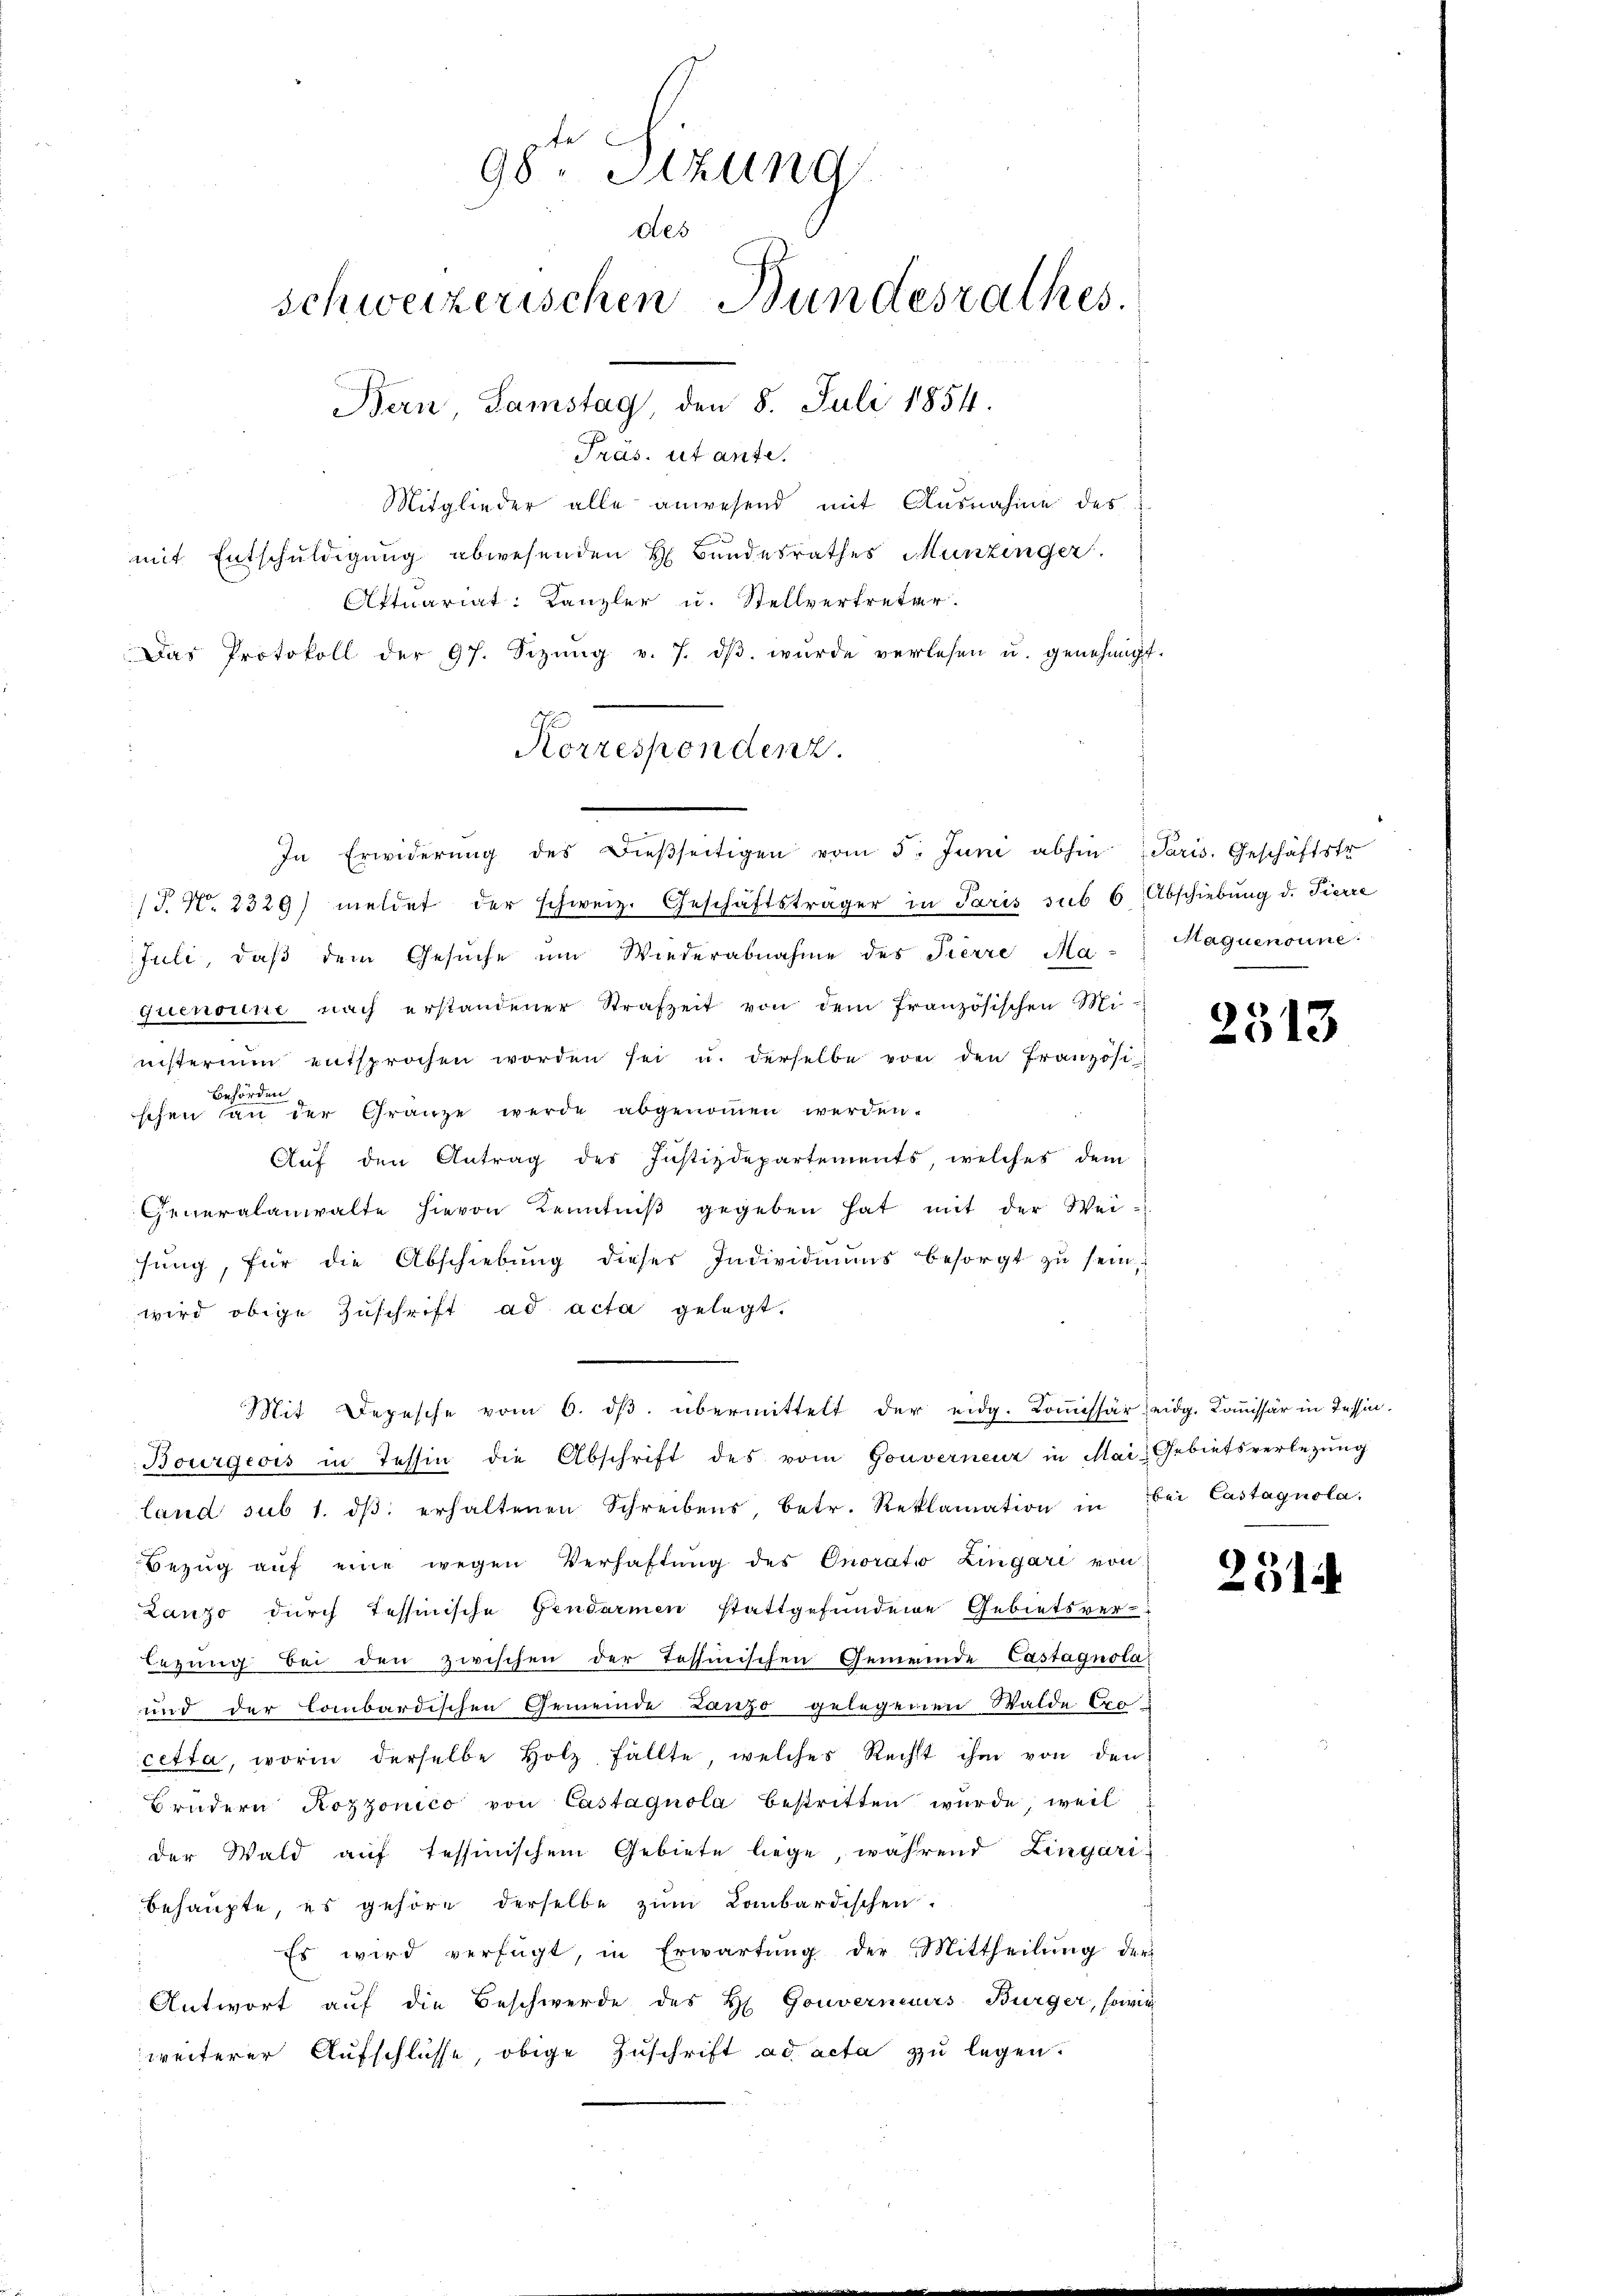
Pras. ut ante.
Mitglieder alle anwesend mit Ausnahme des
mit Entschuldigung abwesenden H. Bundesrathes Munzinger.
Attuariat: Kanzler u. Stellvertreter.
Das Protokoll der 97. Sizŭng v. 7. dβ wŭrde verlesen u. genehmigt.
/J. N. 2329) meldet der schweiz. Geschäftsträger in Paris sub 6 Abschiebung d. Pierre
Juli, daβ dem Gesŭche ŭm Wiederabnahme des Pierre Ma- Haquenoune:
quenoine nach erstandener Strafzeit von dem französischen Mi-
nisterium entsprochen worden sei u. derselbe von den Französi
Behörden
schen an der Gränze werde abgenoṁen werden.
Auf den Antrag des Justizdepartements, welches dem
Generalanwalte hievon Kenntniβ gegeben hat mit der Wei-
ŭng, für die Abschiebŭng dieses Individuums besorgt zŭ sein,
wird obige Zuschrift ad acta gelegt.
Mit Depesche vom 6. dβ. übermittelt der eidg. Koṁissär eidg. Koṁissär in Tessin¬
Bourgeois in Tessin die Abschrift des vom Gouverneur in Mai-Gebietsverlegung
land sub 1. dβ erhaltenen Schreibens, betr. Reklamation in
Bezŭg aŭf eine wegen Verhaftŭng des Onorato Lingari von
Lanzo durch Tessinische Gendarmen stattgefundene Gebietsver-
legung bei den zwischen der Tessinischen Gemeinde Castagnola
und der Combardischen Gemeinde Lanzo gelegenen Walde Cro
cetta, worin derselbe Holz fällte, welches Recht ihm von den
Brüdern Rozzonico von Castagnola bestritten wurde, weil
der Wald auf tessinischem Gebiete liege, während Lingaribehaupte, es gehöre derselbe zum Lombardischen.
Es wird verfügt, in Erwartung der Mittheilŭng der
Antwort auf die Beschwerde des H. Gouverneurs Bürger, sowie
weiterer Aufschlüsse, obige Zuschrift ad acta zu legen.

98te Sizung
des
schweizerischen Bundesrathes.
Bern, Samstag, den 8. Juli 1854.

Korrespondenz.
In Erwiderŭng des dieβseitigen vom 5. Juni abhin Paris. Geschäftstr

2513

bei Castagnola.

251